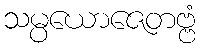
သမ္ပယောဇေတဗ္ဗံ